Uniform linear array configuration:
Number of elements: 4
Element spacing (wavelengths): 0.25
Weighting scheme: binomial
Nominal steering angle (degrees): -15
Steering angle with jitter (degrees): -15.133
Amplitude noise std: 0.05
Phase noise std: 0.05

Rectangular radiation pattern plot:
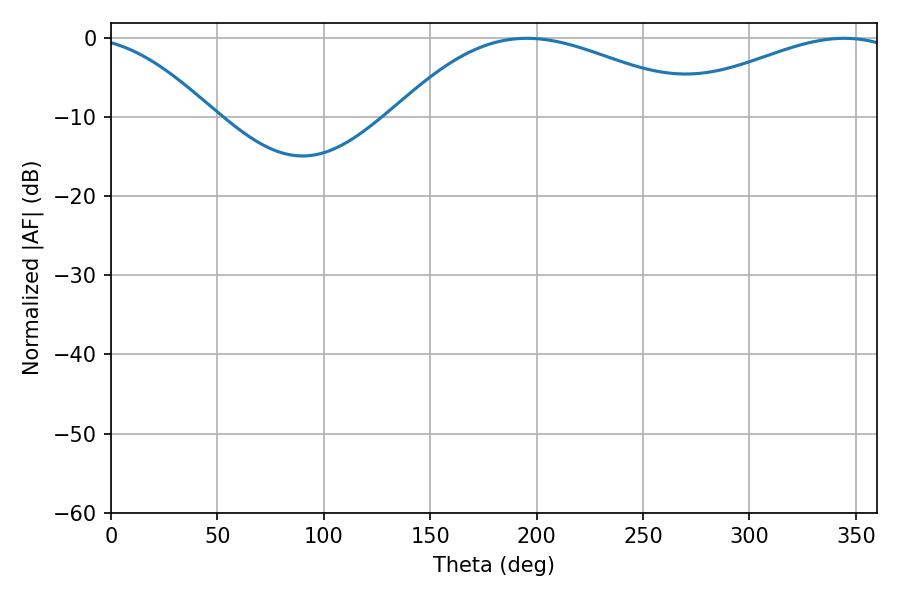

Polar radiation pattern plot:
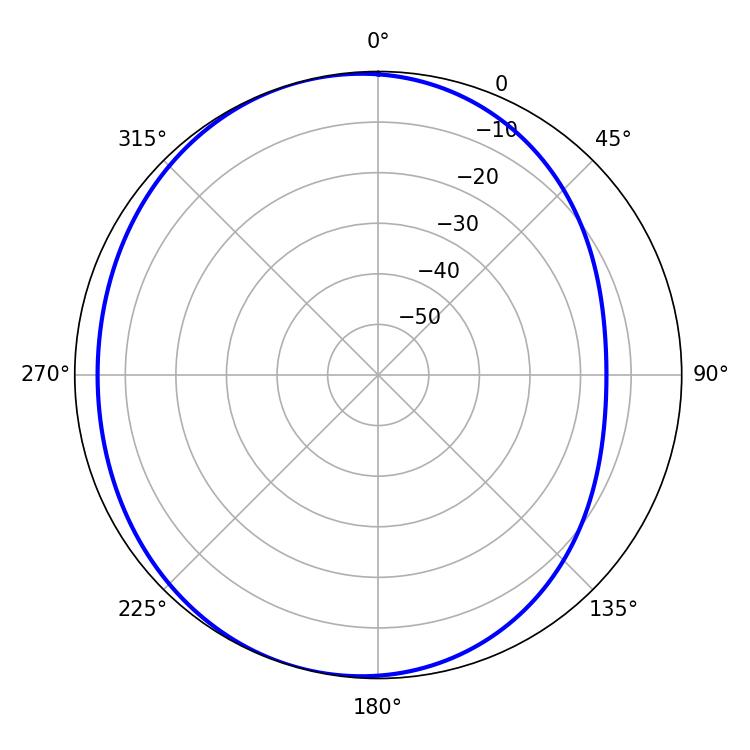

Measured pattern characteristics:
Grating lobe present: FALSE
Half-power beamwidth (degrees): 80.46
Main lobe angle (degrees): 195.48